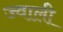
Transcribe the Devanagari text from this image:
ज्वाली